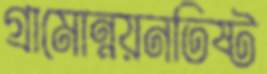
গ্রামোন্নয়নতিষ্ট